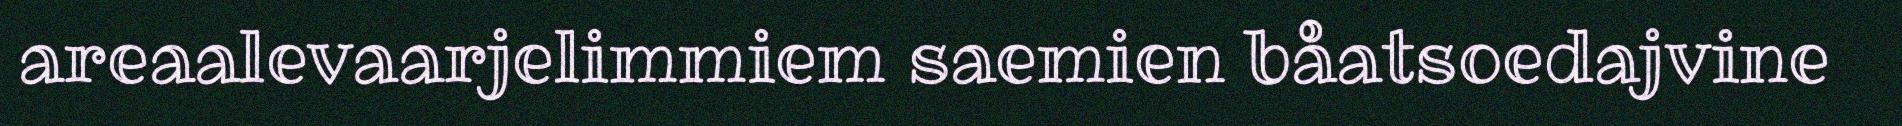
areaalevaarjelimmiem saemien båatsoedajvine